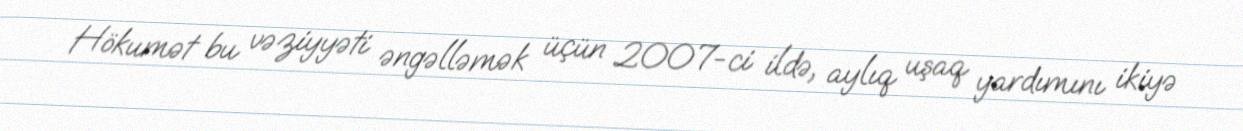
Hökumət bu vəziyyəti əngəlləmək üçün 2007-ci ildə, aylıq uşaq yardımını ikiyə